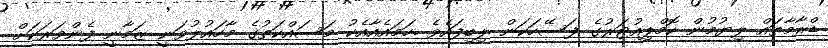
ޑްރާމާތައް ލިޔުމުން ކޮމްޕިއުޓަރުގެ ފަސޭހަކަން ލިބިފައެވެ .ހަމައެއާއެކު މަސައްކަތުގެ މާހައުލުވަނީ ޒަމާނީ ފެންވަރަކަށް